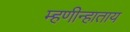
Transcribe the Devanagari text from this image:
म्हणीन्हाताय